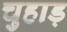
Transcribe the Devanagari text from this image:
चुहाड़